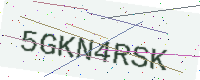
Text: 5GKN4RSK